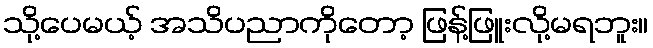
သို့ပေမယ့် အသိပညာကိုတော့ ဖြန့်ဖြူးလို့မရဘူး။